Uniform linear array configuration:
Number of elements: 64
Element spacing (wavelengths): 0.5
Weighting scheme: hamming
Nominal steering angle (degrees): -45
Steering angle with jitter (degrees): -43.802
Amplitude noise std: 0.05
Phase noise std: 0.05

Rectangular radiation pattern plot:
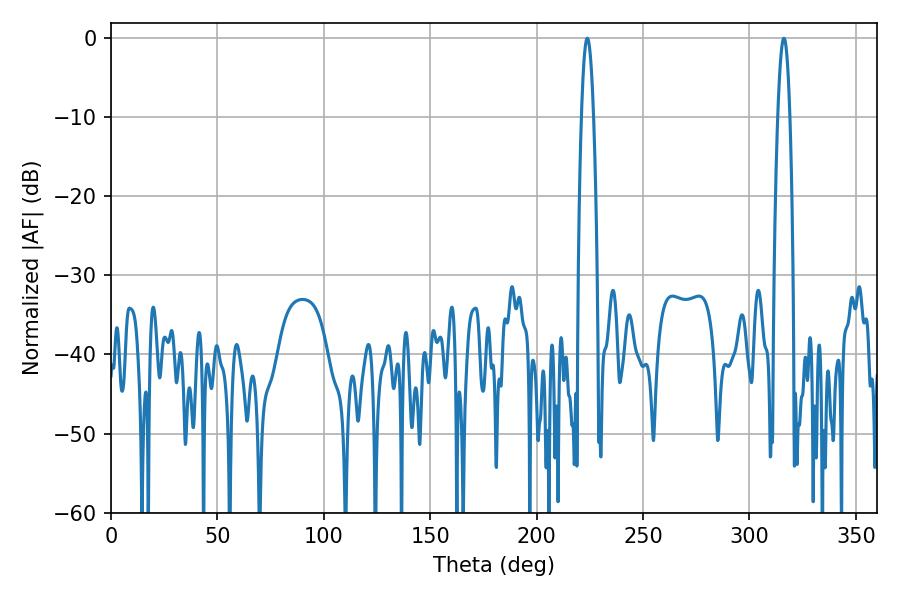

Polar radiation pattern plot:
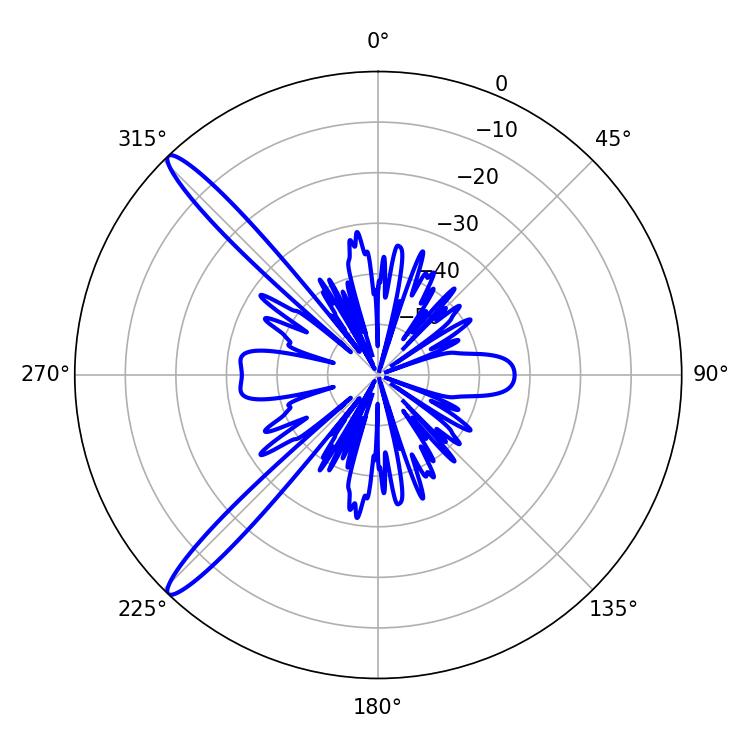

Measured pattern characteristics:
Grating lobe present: FALSE
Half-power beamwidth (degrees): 3.06
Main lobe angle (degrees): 223.74